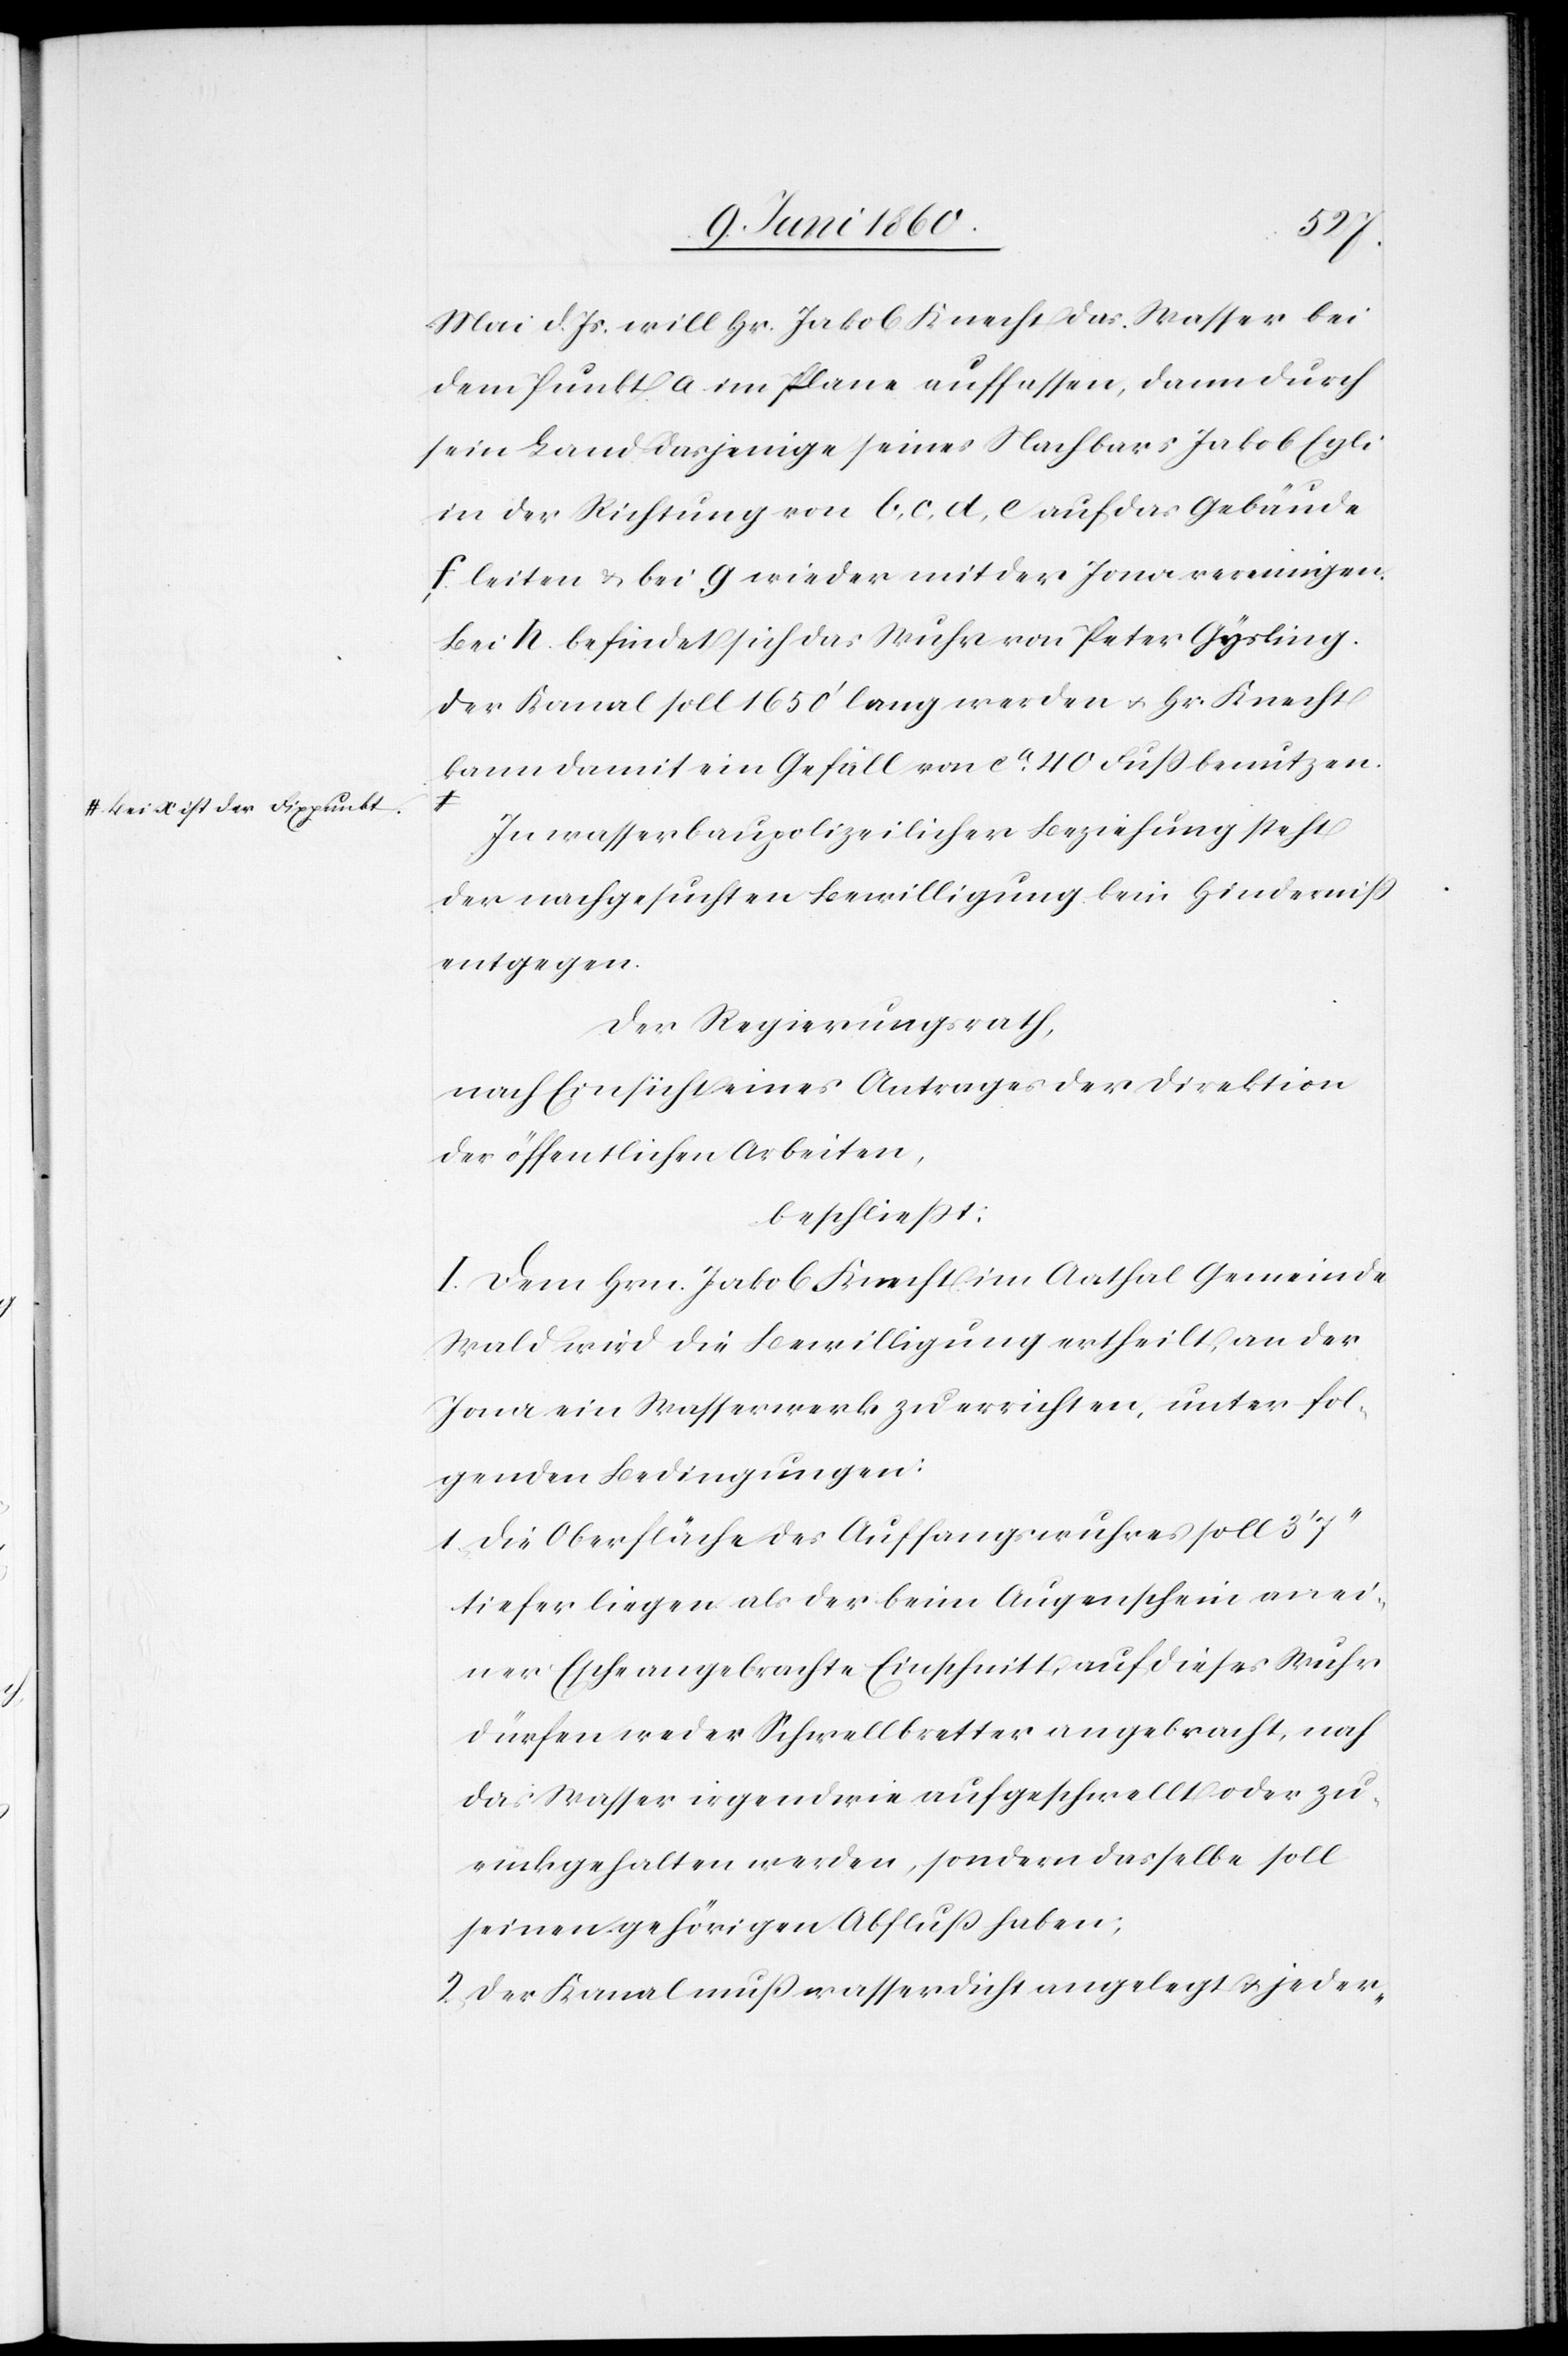
a-bei x ist der Fixpunkt.-a

Mai d. Js. will Hr. Jakob Knecht das Wasser bei
dem Punkt a im Plane auffassen, dann durch
sein Land dasjenige seines Nachbars Jakob Egli
in der Richtung von b, c, d, e auf das Gebäude
f leiten u. bei g wieder mit der Jona vereinigen.
Bei h. befindet sich das Wuhr von Peter Gysling.
Der Kanal soll 1650’ lang werden u. Hr. Knecht
kann damit ein Gefäll von ca 40 Fuss benutzen.
In Wasserbaupolizeilicher Beziehung steht
der nachgesuchten Bewilligung kein Hinderniss
entgegen.
Der Regierungsrath,
nach Einsicht eines Antrages der Direktion
der öffentlichen Arbeiten,
beschliesst:
I. Dem Hrn. Jakob Knecht im Aathal Gemeinde
Wald wird die Bewilligung ertheilt, an der
Jona ein Wasserwerk zu errichten, unter fol¬
genden Bedingungen:
1. Die Oberfläche des Auffangswuhres soll 3’ 7’’
tiefer liegen als der beim Augenschein an ei¬
ner Eiche angebrachte Einschnitt, auf dieses Wuhr
dürfen weder Schwellbretter angebracht, noch
das Wasser irgendwie aufgeschwellt oder zu¬
rückgehalten werden, sondern dasselbe soll
seinen gehörigen Abfluss haben;
2. Der Kanal muss wasserdicht angelegt u. jeder-